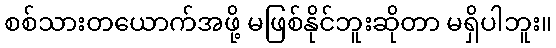
စစ်သားတယောက်အဖို့ မဖြစ်နိုင်ဘူးဆိုတာ မရှိပါဘူး။